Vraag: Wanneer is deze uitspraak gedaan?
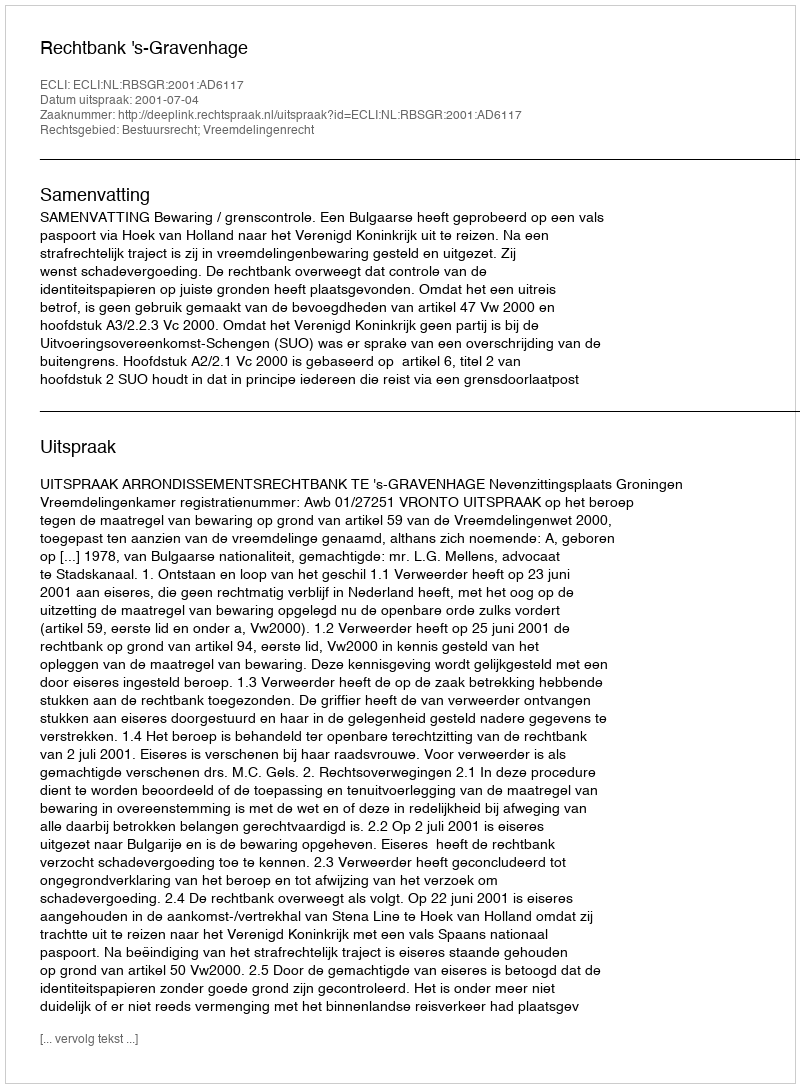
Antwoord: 2001-07-04